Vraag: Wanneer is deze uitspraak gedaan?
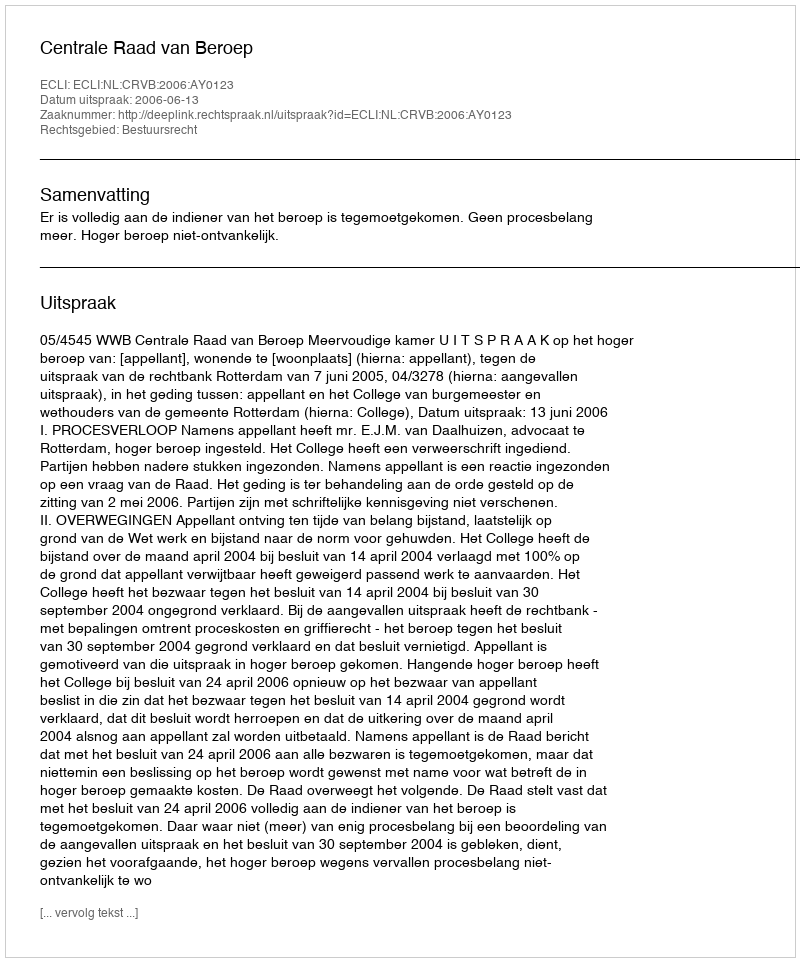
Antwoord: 2006-06-13